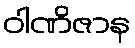
ဝါဏိဇာန